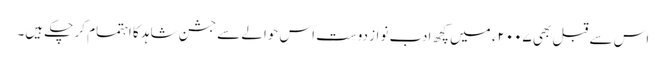
اس سے قبل بھی ۲۰۰۷ء میں کچھ ادب نواز دوست اس حوالے سے جشنِ شاہد کا اہتمام کر چکے ہیں۔